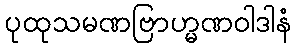
ပုထုသမဏဗြာဟ္မဏဝါဒါနံ